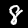
Digit: 8